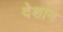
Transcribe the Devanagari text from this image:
देशान